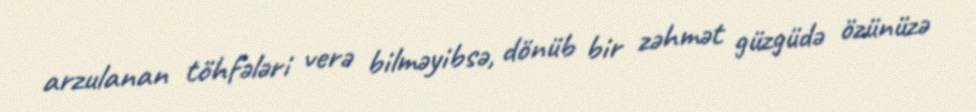
arzulanan töhfələri verə bilməyibsə, dönüb bir zəhmət güzgüdə özünüzə